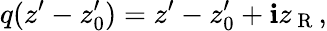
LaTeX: q(z^{\prime}-z_{0}^{\prime})=z^{\prime}-z_{0}^{\prime}+\mathbf{i}z_{\mathrm{{~R~}}},